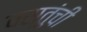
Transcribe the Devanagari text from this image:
वस्तुंची